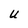
Character: U